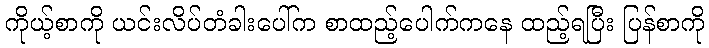
ကိုယ့်စာကို ယင်းလိပ်တံခါးပေါ်က စာထည့်ပေါက်ကနေ ထည့်ရပြီး ပြန်စာကို